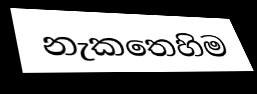
නැකතෙහිම